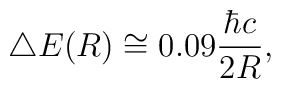
\bigtriangleup E (R) \cong 0.09 {{\hbar}c \over 2R } ,